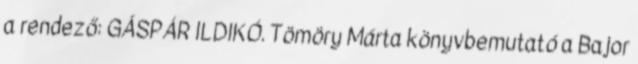
a rendező: GÁSPÁR ILDIKÓ. Tömöry Márta könyvbemutató a Bajor